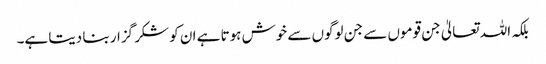
بلکہ اللہ تعالیٰ جن قوموں سے جن لوگوں سے خوش ہوتا ہے ان کو شکر گزار بنا دیتا ہے۔